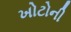
ખોટોની